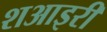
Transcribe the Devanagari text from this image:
शआइरी